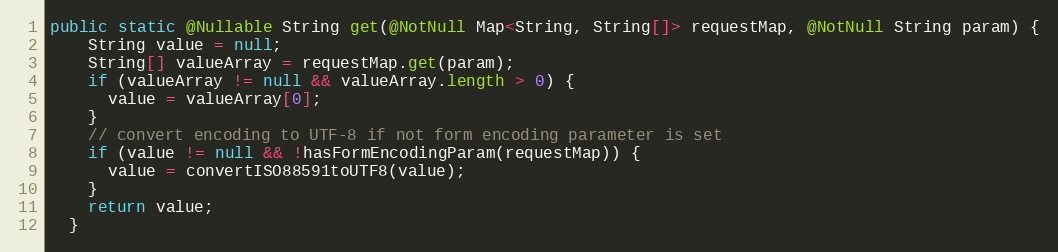
Language: Java
public static @Nullable String get(@NotNull Map<String, String[]> requestMap, @NotNull String param) {
    String value = null;
    String[] valueArray = requestMap.get(param);
    if (valueArray != null && valueArray.length > 0) {
      value = valueArray[0];
    }
    // convert encoding to UTF-8 if not form encoding parameter is set
    if (value != null && !hasFormEncodingParam(requestMap)) {
      value = convertISO88591toUTF8(value);
    }
    return value;
  }